Insane asylums in Bengal annual reports 1876-1887 - 1876-1887
Year: 1876
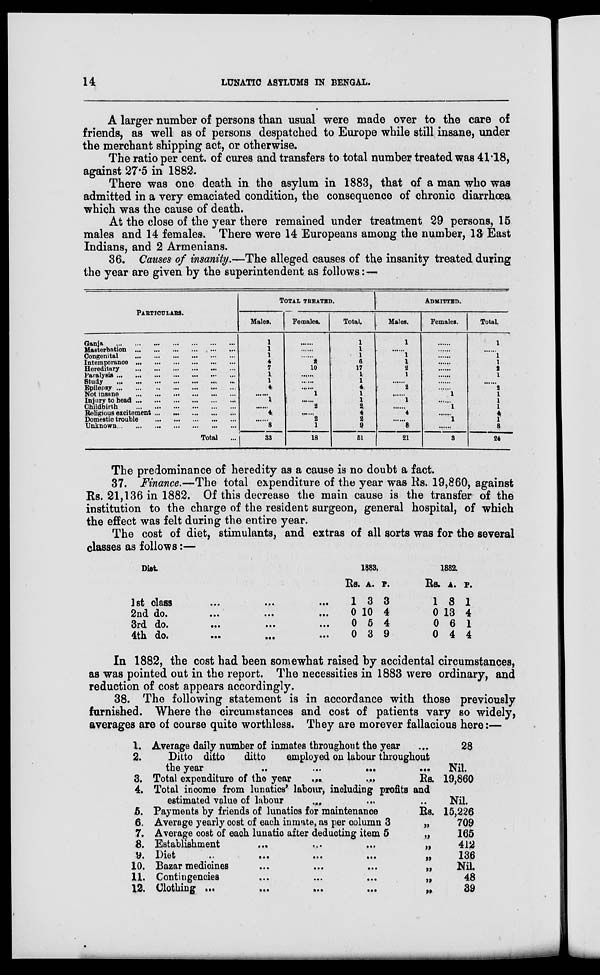
14
LUNATIC ASYLUMS IN BENGAL.
A larger number of persons than usual were made over to the care of
friends, as well as of persons despatched to Europe while still insane, under
the merchant shipping act, or otherwise.
The ratio per cent, of cures and transfers to total number treated was 41.18,
against 27.5 in 1882.
There was one death in the asylum in 1883, that of a man who was
admitted in a very emaciated condition, the consequence of chronic diarrhœa,
which was the cause of death.
At the close of the year there remained under treatment 29 persons, 15
males and 14 females. There were 14 Europeans among the number, 13 East
Indians, and 2 Armenians.
36. Causes of insanity.—The alleged causes of the insanity treated during
the year are given by the superintendent as follows:—
PARTICULARS.
Ganja
...
...
...
...
...
...
...
Masterbation ... ... ... ... ... ...
Congenital
...
...
...
...
...
...
Intemperance ... ... ... ... ... ...
Hereditary
...
...
...
...
...
...
Paralysis
...
...
...
...
...
...
...
Study
...
...
...
...
...
...
...
Epilepsy
...
...
...
...
...
...
...
Not insane
...
...
...
...
...
...
Injury to head
...
...
...
...
...
...
Childbirth
...
...
...
...
...
...
Religious excitement ...
...
...
...
...
Domestic trouble
...
...
...
...
...
Unknown ... ... ... ... ... ... ...
Total ...
TOTAL TREATED.
Males.
1
1
1
4
7
1
1
4
......
1
......
4
......
8
33
Females.
......
......
......
2
10
......
......
......
1
......
2
......
2
1
18
Total.
1
1
1
6
17
1
1
4
1
1
2 4
2
9
51
ADMITTED.
Males.
1
......
1
1
2
1
......
2
......
1
......
4
......
8
21
Females.
......
......
......
......
......
......
......
......
1
......
1
......
1
......
3
Total.
1
......
1
1
2
1
......
2
1
1
1
4
1
8
24
The predominance of heredity as a cause is no doubt a fact.
37. Finance.—The total expenditure of the year was Rs. 19,860, against
Rs. 21,136 in 1882. Of this decrease the main cause is the transfer of the
institution to the charge of the resident surgeon, general hospital, of which
the effect was felt during the entire year.
The cost of diet, stimulants, and extras of all sorts was for the several
classes as follows:—
Dist.
1st class
...
...
...
2nd do.
...
...
...
3rd do.
...
... ...
4th do.
...
...
...
1883.
Rs.
1
0
0
0
A.
3
10
5
3
P.
3
4
4
9
1882.
Rs.
1
0
0
0
A.
8
13
6
4
P.
1
4
1
4
In 1882, the cost had been somewhat raised by accidental circumstances,
as was pointed out in the report. The necessities in 1883 were ordinary, and
reduction of cost appears accordingly.
38. The following statement is in accordance with those previously
furnished. Where the circumstances and cost of patients vary so widely,
averages are of course quite worthless. They are morever fallacious here:—
1.
2.
3.
4.
5.
6.
7.
8.
9.
10.
11.
12.
Average daily number of inmates throughout the year ...
Ditto ditto
ditto
employed on labour throughout
the year
...
...
...
...
Total expenditure of the year
...
...
Rs.
Total income from lunatics' labour, including profits and
estimated value of labour
...
... ...
Payments by friends of lunatics for maintenance
Rs.
Average yearly cost of each inmate, as per column 3
„
Average cost of each, lunatic after deducting item 5
„
Establishment
...
...
...
„
Diet
...
...
...
...
„
Bazar medicines
...
...
...
„
Contingencies
...
...
...
„
Clothing ...
...
...
...
„
28
Nil.
19,860
Nil.
15,226
709
165
412
136
Nil
48
39